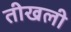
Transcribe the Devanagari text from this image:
तीखली